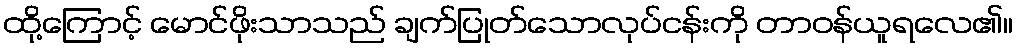
ထို့ကြောင့် မောင်ဖိုးသာသည် ချက်ပြုတ်သောလုပ်ငန်းကို တာဝန်ယူရလေ၏။